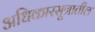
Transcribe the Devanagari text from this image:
अधिकारसूत्रातील